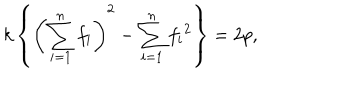
LaTeX: k \left\{ \left( \sum _ { i = 1 } ^ { n } f _ { i } \right) ^ { 2 } - \sum _ { i = 1 } ^ { n } f _ { i } { } ^ { 2 } \right\} = 2 p ,